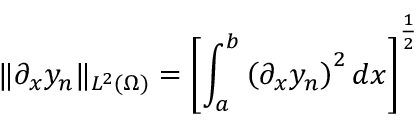
\lVert \partial _ { x } y _ { n } \rVert _ { L ^ { 2 } ( \Omega ) } = \left[ \int _ { a } ^ { b } \left( \partial _ { x } y _ { n } \right) ^ { 2 } d x \right] ^ { \frac { 1 } { 2 } }